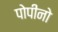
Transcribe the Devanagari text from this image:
पोपीनो